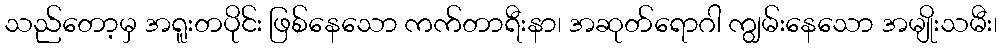
သည်တော့မှ အရူးတပိုင်း ဖြစ်နေသော ကက်တာရီးနာ၊ အဆုတ်ရောဂါ ကျွမ်းနေသော အမျိုးသမီး၊